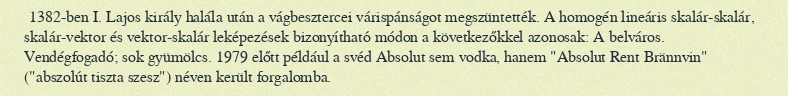
1382-ben I. Lajos király halála után a vágbesztercei várispánságot megszüntették. A homogén lineáris skalár-skalár, skalár-vektor és vektor-skalár leképezések bizonyítható módon a következőkkel azonosak: A belváros. Vendégfogadó; sok gyümölcs. 1979 előtt például a svéd Absolut sem vodka, hanem "Absolut Rent Brännvin" ("abszolút tiszta szesz") néven került forgalomba.